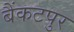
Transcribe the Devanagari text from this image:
बैंकटपुर